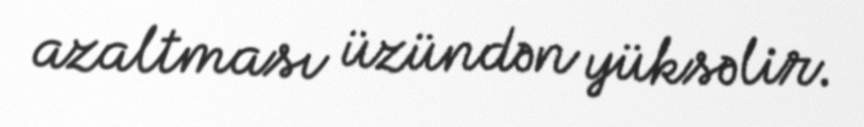
azaltması üzündən yüksəlir.